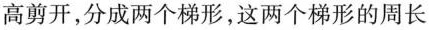
高剪开，分成两个梯形，这两个梯形的周长